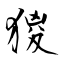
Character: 猣